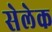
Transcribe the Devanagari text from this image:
सेलेक